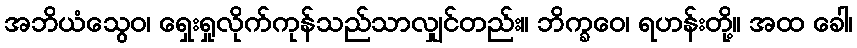
အဘိယံသွေဝ၊ ရှေးရှုလိုက်ကုန်သည်သာလျှင်တည်း။ ဘိက္ခဝေ၊ ရဟန်းတို့။ အထ ခေါ၊